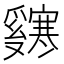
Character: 𬋸